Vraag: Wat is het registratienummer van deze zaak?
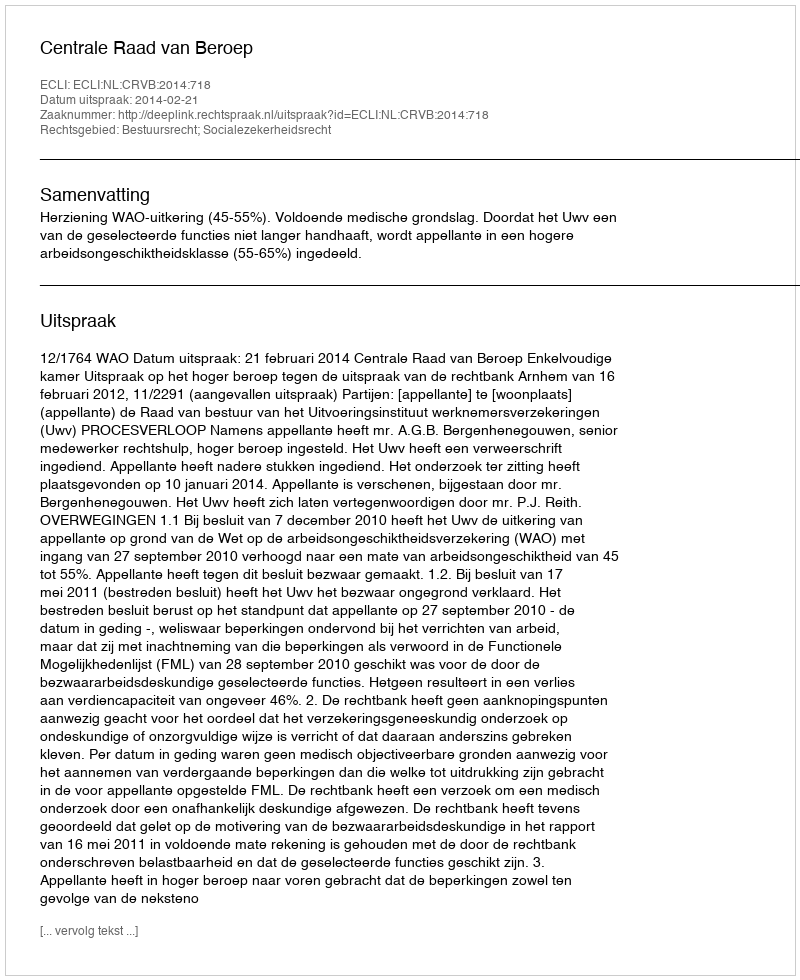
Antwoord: http://deeplink.rechtspraak.nl/uitspraak?id=ECLI:NL:CRVB:2014:718